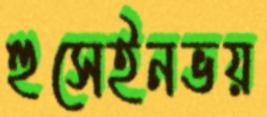
হুসেইনভয়